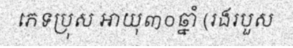
ភេទប្រុស អាយុ៣០ឆ្នាំ (រងរបួស